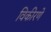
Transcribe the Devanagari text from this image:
विकीरणे